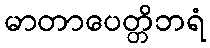
မာတာပေတ္တိဘရံ